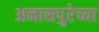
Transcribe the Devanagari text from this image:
अनासपुरेच्या